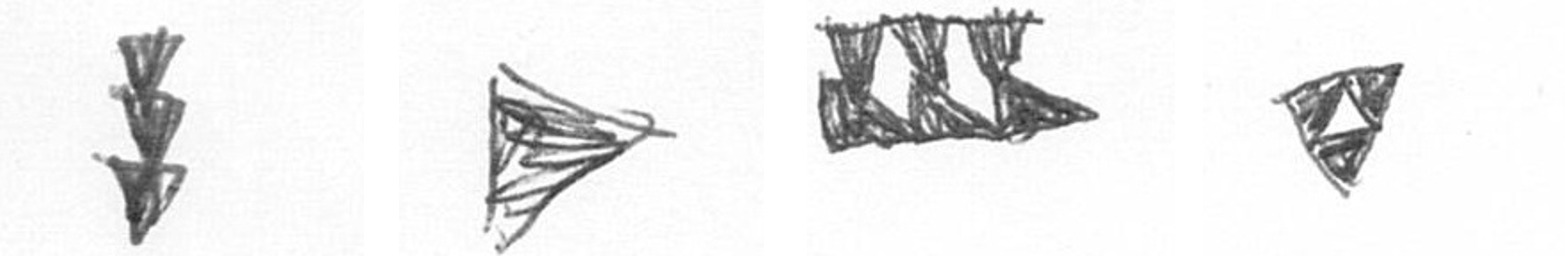
E T D S